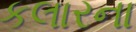
કલારના